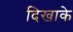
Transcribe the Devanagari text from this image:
दिखाके